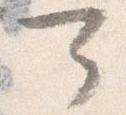
可